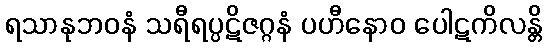
ရသာနုဘဝနံ သရီရပ္ပဋိဇဂ္ဂနံ ပဟီနောဝ ပေါဋကိလန္တိ